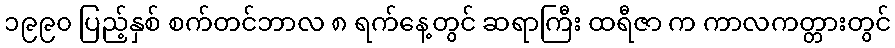
၁၉၉၀ ပြည့်နှစ် စက်တင်ဘာလ ၈ ရက်နေ့တွင် ဆရာကြီး ထရီဇာ က ကာလကတ္တားတွင်